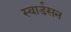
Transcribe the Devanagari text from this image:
स्वार्डसन